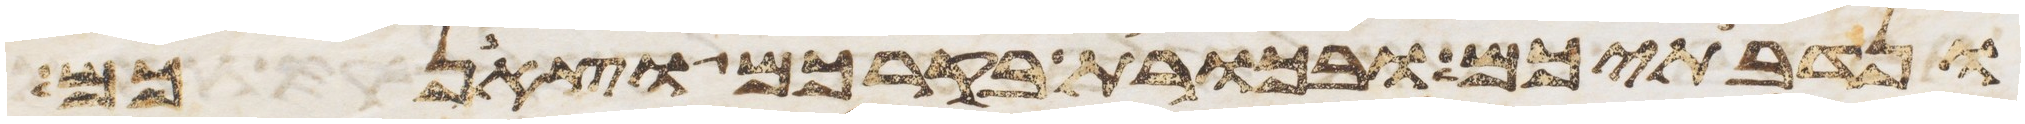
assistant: ונדבתיכם ובכורת בקרכם וצאנכם